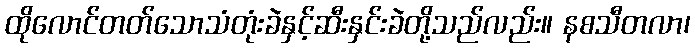
ထိုလောင်တတ်သောသံတုံးခဲနှင့်ဆီးနှင်းခဲတို့သည်လည်း။ နစသီတလာ၊